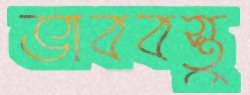
ভাববস্তু